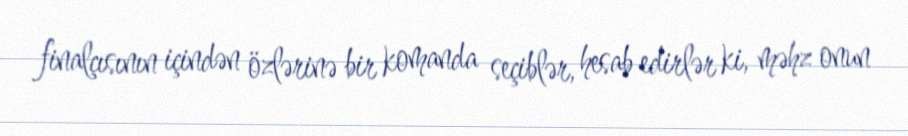
finalçısının içindən özlərinə bir komanda seçiblər, hesab edirlər ki, məhz onun